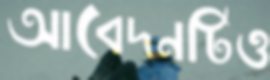
আবেদনটিও